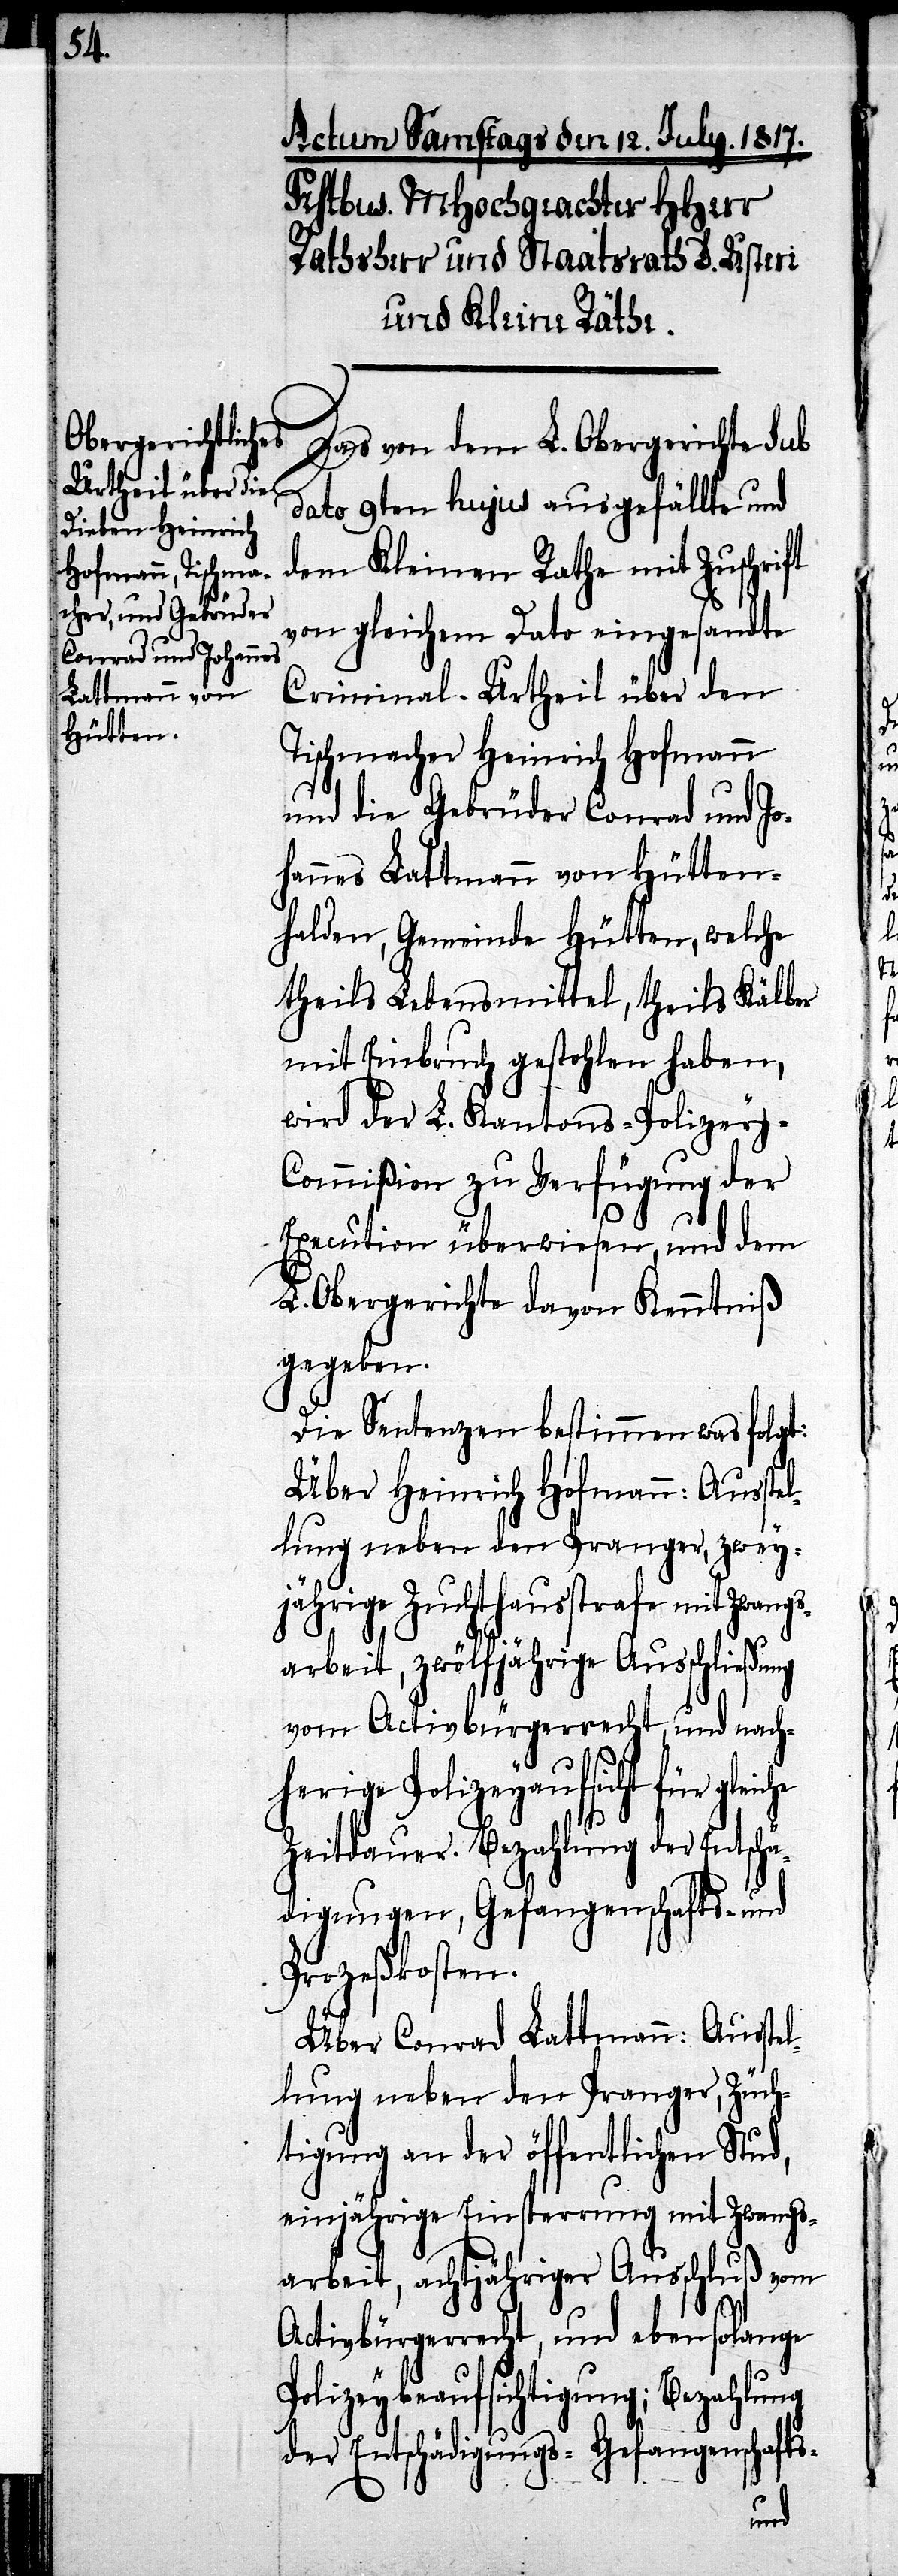
Das von dem L. Obergerichte sub
dato 9ten hujus ausgefällte und
dem Kleinen Rathe mit Zuschrift
von gleichem Dato eingesandte
Criminal-Urtheil über den
Tischmacher Heinrich Hofmann
und die Gebrüder Conrad und Jo¬
hannes Lattmann von Hütten¬
felden, Gemeinde Hütten, welche
theils Lebensmittel, theils Kälber
mit Einbruch gestohlen haben,
wird der L. Kantons-Polizey-C¬
ommißion zu Verfügung der
Execution überwiesen, und dem
L. Obergerichte davon Kenntniß
gegeben.
Die Sentenzen bestimmen was folgt:
Über Heinrich Hofmann: Ausstel¬
lung neben den Pranger, zwey¬
jährige Zuchthausstrafe mit Zwangs¬
arbeit, zwölfjährige Ausschließung
vom Activbürgerrecht, und nach¬
herige Polizeyaufsicht für gleiche
Zeitdauer. Bezahlung der Entsch¬
ädigungen, Gefangenschafts- und
Prozeßkosten.
Über Conrad Lattmann: Ausstel¬
lung neben den Pranger, Züch¬
tigung an der öffentlichen Stud,
einjährige Einsperrung mit Zwangs¬
arbeit, achtjähriger Ausschuß vom
Activbürgerrecht, und ebensolange
Polizeybeaufsichtigung; Bezahlung
der Entschädigungs- Gefangenschaft¬
s-